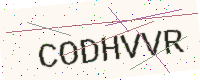
Text: CODHVVR